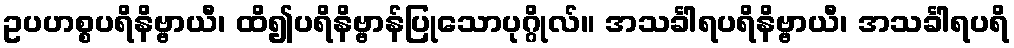
ဥပဟစ္စပရိနိဗ္ဗာယီ၊ ထိ၍ပရိနိဗ္ဗာန်ပြုသောပုဂ္ဂိုလ်။ အသင်္ခါရပရိနိဗ္ဗာယီ၊ အသင်္ခါရပရိ